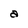
Character: a